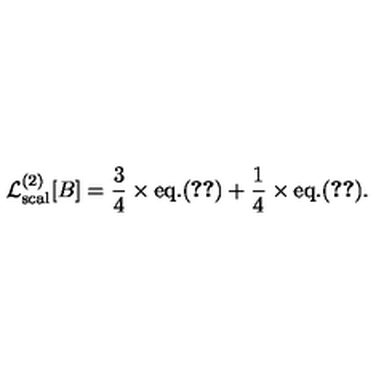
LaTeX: { \cal L } _ { \mathrm { s c a l } } ^ { ( 2 ) } [ B ] = { \frac { 3 } { 4 } } \times \mathrm { e q . } ( \ref { G a m m a 2 s c a l } ) + { \frac { 1 } { 4 } } \times \mathrm { e q . } ( \ref { G a m m a 2 s c a l p I } ) .